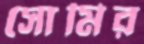
সোমির